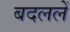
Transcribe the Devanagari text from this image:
बदललें